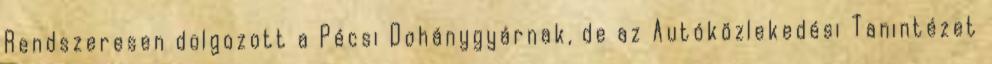
Rendszeresen dolgozott a Pécsi Dohánygyárnak, de az Autóközlekedési Tanintézet